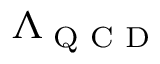
\Lambda _ { \textrm { Q C D } }